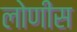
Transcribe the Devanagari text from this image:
लोणीस